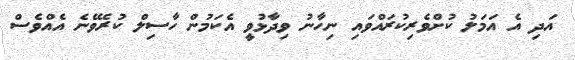
އަދި އެ އަމަލު ކުށްވެރިކުރައްވައި ނިހާނު ވިދާޅުވީ އެކަމުން ހާސިލް ކުރެވޭނެ އެއްވެސް